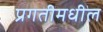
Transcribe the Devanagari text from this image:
प्रगतीमधील